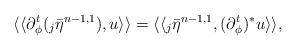
LaTeX: \begin{align*} \langle\langle\partial_{\phi}^t({_j\bar\eta^{n-1,1}}),u\rangle\rangle=\langle\langle {_j\bar\eta^{n-1,1}}, (\partial^t_{\phi})^*u\rangle\rangle,\end{align*}